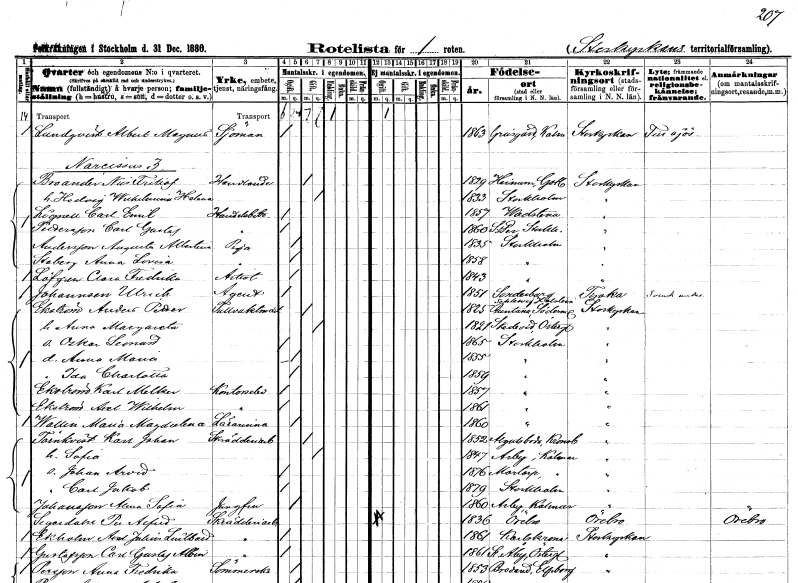
gt_parse: households: individuals: FN: Albert Magnus
EN: Lundqvist
YRKE: Sjöman
KON: M
CIV: O
FODAR: 1863
FODFORS: Gräsgård Kalmar län
FN: Nils Fritiof
EN: Broander
YRKE: Handlande
KON: M
CIV: G
FODAR: 1829
FODFORS: Hejnum Gotlands län
FN: Hedvig Wilhelmina Helena
KON: K
CIV: G
FODAR: 1833
FODFORS: Stockholm
FN: Carl Emil
EN: Lignell
YRKE: Handelsbiträde
KON: M
CIV: O
FODAR: 1857
FODFORS: Vadstena Östergötlands län
FN: Carl Gustaf
EN: Pettersson
YRKE: Handelsbiträde
KON: M
CIV: O
FODAR: 1860
FODFORS: Sankt Per Sigtuna Stockholms län
FN: Augusta Albertina
EN: Andersson
YRKE: Piga
KON: K
CIV: O
FODAR: 1835
FODFORS: Stockholm
FN: Anna Lovisa
EN: Steberg
YRKE: Piga
KON: K
CIV: O
FODAR: 1858
FODFORS: Stockholm
FN: Clara Fredrika
EN: Löfgren
YRKE: Artist
KON: K
CIV: O
FODAR: 1843
FODFORS: Stockholm
FN: Ulrich
EN: Johannsen
YRKE: Agent
KON: M
CIV: O
FODAR: 1851
FN: Anders Petter
EN: Ekström
YRKE: Tullvaktmästare
KON: M
CIV: G
FODAR: 1825
FODFORS: Runtuna Södermanlands län
FN: Anna Margareta
KON: K
CIV: G
FODAR: 1821
FODFORS: Skedevi Östergötlands län
FN: Oskar Leonard
KON: M
CIV: O
FODAR: 1865
FODFORS: Stockholm
FN: Anna Maria
KON: K
CIV: O
FODAR: 1855
FODFORS: Stockholm
FN: Ida Charlotta
KON: K
CIV: O
FODAR: 1859
FODFORS: Stockholm
FN: Karl Melker
EN: Ekström
YRKE: Kontorselev
KON: M
CIV: O
FODAR: 1857
FODFORS: Stockholm
FN: Axel Wilhelm
EN: Ekström
YRKE: Kontorselev
KON: M
CIV: O
FODAR: 1861
FODFORS: Stockholm
FN: Maria Magdalena
EN: Wallin
YRKE: Lärarinna
KON: K
CIV: O
FODAR: 1860
FODFORS: Stockholm
FN: Karl Johan
EN: Törnkvist
YRKE: Skrädderiarbetare
KON: M
CIV: G
FODAR: 1852
FODFORS: Algutsboda Kalmar län
FN: Sofia
KON: K
CIV: G
FODAR: 1847
FODFORS: Arby Kalmar län
FN: Johan Arvid
KON: M
CIV: O
FODAR: 1876
FODFORS: Mortorp Kalmar län
FN: Carl Jakob
KON: M
CIV: O
FODAR: 1879
FODFORS: Stockholm
FN: Alma Sofia
EN: Johansson
YRKE: Jungfru
KON: K
CIV: O
FODAR: 1860
FODFORS: Arby Kalmar län